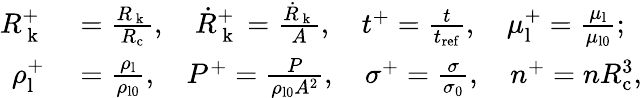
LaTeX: \begin{array}{rl}{R_{\mathrm{~k~}}^{+}}&{{}=\frac{R_{\mathrm{~k~}}}{R_{\mathrm{c}}},\quad\dot{R}_{\mathrm{~k~}}^{+}=\frac{\dot{R}_{\mathrm{~k~}}}{A},\quad t^{+}=\frac{t}{t_{\mathrm{ref}}},\quad\mu_{\mathrm{l}}^{+}=\frac{\mu_{\mathrm{l}}}{\mu_{\mathrm{l0}}};}\\ {\rho_{\mathrm{l}}^{+}}&{{}=\frac{\rho_{\mathrm{l}}}{\rho_{\mathrm{l0}}},\quad P^{+}=\frac{P}{\rho_{\mathrm{l0}}A^{2}},\quad\sigma^{+}=\frac{\sigma}{\sigma_{0}},\quad n^{+}=nR_{\mathrm{c}}^{3},}\end{array}